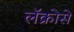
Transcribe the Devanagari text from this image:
लॅक्रोसे